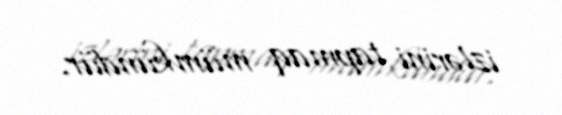
izlərini tapmaq mümkündür.